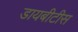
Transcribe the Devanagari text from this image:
डायबीटीस